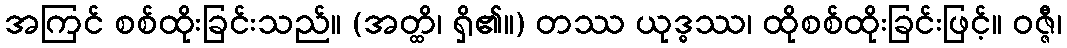
အကြင် စစ်ထိုးခြင်းသည်။ (အတ္ထိ၊ ရှိ၏။) တဿ ယုဒ္ဓဿ၊ ထိုစစ်ထိုးခြင်းဖြင့်။ ဝဇ္ဇီ၊